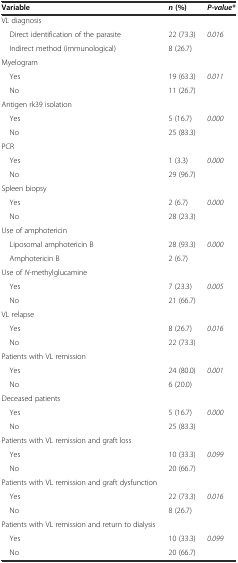
<table><thead><tr><td><b>Variable</b></td><td><b><i>n</i>(%)</b></td><td><b><i>P-value</i><i>*</i></b></td></tr></thead><tbody><tr><td>VL diagnosis</td><td></td><td></td></tr><tr><td> Direct identification of the parasite</td><td>22 (73.3)</td><td rowspan="2"><i>0.016</i></td></tr><tr><td> Indirect method (immunological)</td><td>8 (26.7)</td></tr><tr><td>Myelogram</td><td></td><td></td></tr><tr><td> Yes</td><td>19 (63.3)</td><td><i>0.011</i></td></tr><tr><td> No</td><td>11 (26.7)</td><td></td></tr><tr><td>Antigen rk39 isolation</td><td></td><td></td></tr><tr><td> Yes</td><td>5 (16.7)</td><td><i>0.000</i></td></tr><tr><td> No</td><td>25 (83.3)</td><td></td></tr><tr><td>PCR</td><td></td><td></td></tr><tr><td> Yes</td><td>1 (3.3)</td><td><i>0.000</i></td></tr><tr><td> No</td><td>29 (96.7)</td><td></td></tr><tr><td>Spleen biopsy</td><td></td><td></td></tr><tr><td> Yes</td><td>2 (6.7)</td><td><i>0.000</i></td></tr><tr><td> No</td><td>28 (23.3)</td><td></td></tr><tr><td>Use of amphotericin</td><td></td><td></td></tr><tr><td> Liposomal amphotericin B</td><td>28 (93.3)</td><td rowspan="2"><i>0.000</i></td></tr><tr><td> Amphotericin B</td><td>2 (6.7)</td></tr><tr><td>Use of <i>N</i>-methylglucamine</td><td></td><td></td></tr><tr><td> Yes</td><td>7 (23.3)</td><td><i>0.005</i></td></tr><tr><td> No</td><td>21 (66.7)</td><td></td></tr><tr><td>VL relapse</td><td></td><td></td></tr><tr><td> Yes</td><td>8 (26.7)</td><td><i>0.016</i></td></tr><tr><td> No</td><td>22 (73.3)</td><td></td></tr><tr><td>Patients with VL remission</td><td></td><td></td></tr><tr><td> Yes</td><td>24 (80.0)</td><td><i>0.001</i></td></tr><tr><td> No</td><td>6 (20.0)</td><td></td></tr><tr><td>Deceased patients</td><td></td><td></td></tr><tr><td> Yes</td><td>5 (16.7)</td><td><i>0.000</i></td></tr><tr><td> No</td><td>25 (83.3)</td><td></td></tr><tr><td>Patients with VL remission and graft loss</td><td></td><td></td></tr><tr><td> Yes</td><td>10 (33.3)</td><td><i>0.099</i></td></tr><tr><td> No</td><td>20 (66.7)</td><td></td></tr><tr><td>Patients with VL remission and graft dysfunction</td><td></td><td></td></tr><tr><td> Yes</td><td>22 (73.3)</td><td><i>0.016</i></td></tr><tr><td> No</td><td>8 (26.7)</td><td></td></tr><tr><td>Patients with VL remission and return to dialysis</td><td></td><td></td></tr><tr><td> Yes</td><td>10 (33.3)</td><td><i>0.099</i></td></tr><tr><td> No</td><td>20 (66.7)</td><td></td></tr></tbody></table>